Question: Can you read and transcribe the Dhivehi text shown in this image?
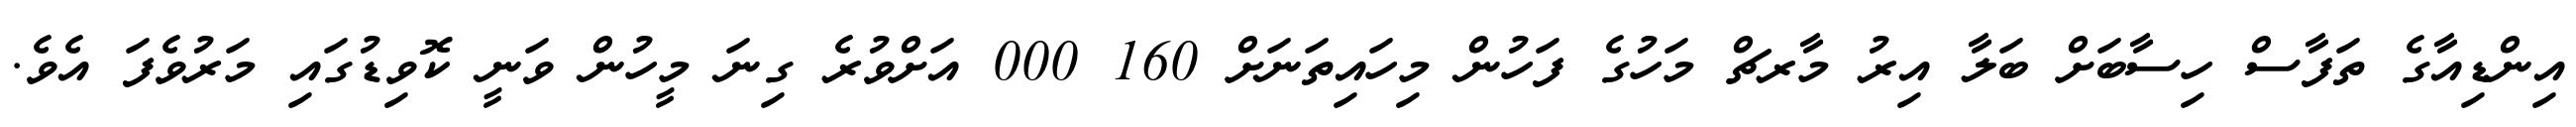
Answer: އިންޑިއާގެ ތަފާސް ހިސާބަށް ބަލާ އިރު މާރޗް މަހުގެ ފަހުން މިހައިތަނަށް 160 000 އަށްވުރެ ގިނަ މީހުން ވަނީ ކޮވިޑުގައި މަރުވެފަ އެވެ.